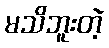
မသိဘူးတဲ့